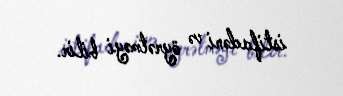
istifadəni və öyrətməyi bilir.